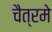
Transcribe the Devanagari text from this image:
चैत्रमे